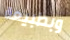
وبطبيعة